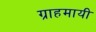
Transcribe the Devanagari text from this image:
ग्राहमायी